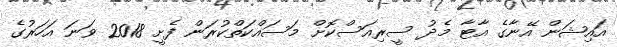
އައިޝަން އޭނާގެ އާޓާ މެދު ސީރިއަސްކޮށް މަސައްކަތްކުރަން ފެށީ 2018 ވަނަ އަހަރުގެ